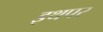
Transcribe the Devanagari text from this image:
इथपर